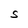
Character: S